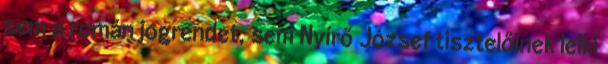
sem a román jogrendet, sem Nyírő József tisztelőinek lelki